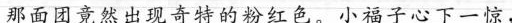
邳面团竟然出现奇特的粉红色。小福子心下一惊，